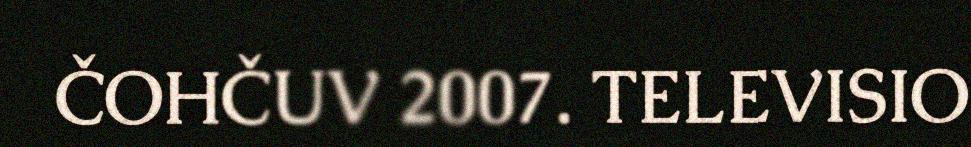
ČOHČUV 2007. TELEVISIO